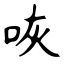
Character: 咴